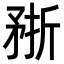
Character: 𥍭